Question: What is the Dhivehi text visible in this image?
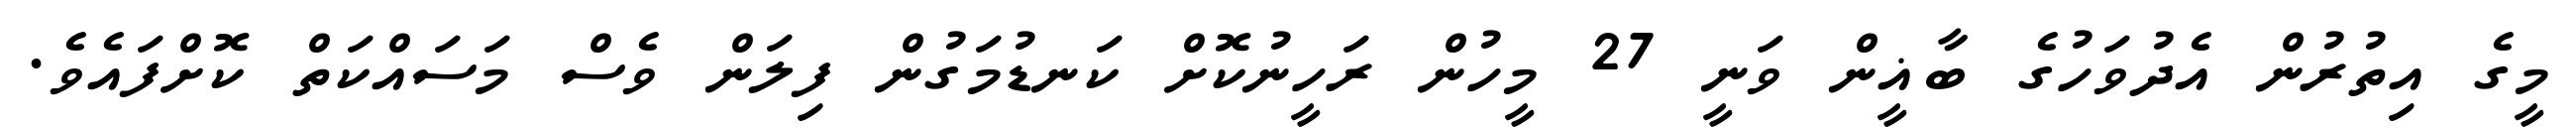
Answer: މީގެ އިތުރުން އެދުވަހުގެ ބާޣީން ވަނީ 27 މީހުން ރަހީނުކޮށް ކަނޑުމަގުން ފިލަން ވެސް މަސައްކަތް ކޮށްފައެވެ.